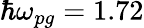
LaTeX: \hbar\omega_{pg}=1.72